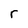
Character: r